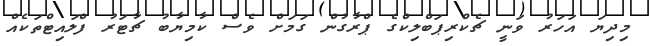
މިދިޔަ އަހަރު ވަނީ ޗެކްރިޕަބްލިކްގެ ޕްރާގުން ގަމަށް ވެސް ކާމިޔާބު ޗާޓަރު ފްލައިޓްތަކެއް